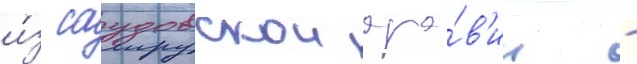
и́з саудовскои ара́в'ии -